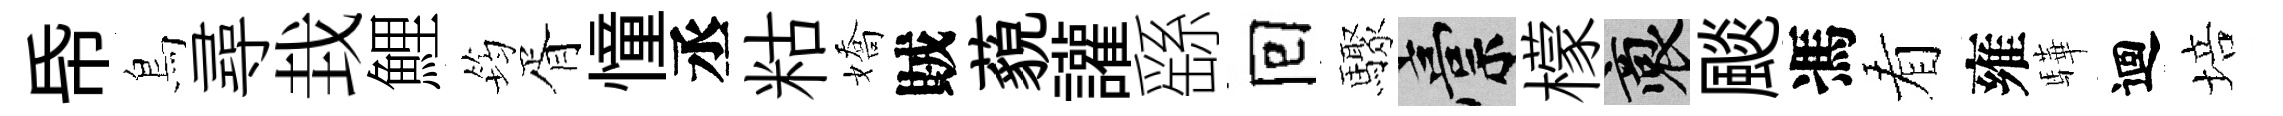
帋鳥尋㘽鯉筠胥憧丞䊀嬌賊藐讙繇囘驟稿檬裔颷馮看雍驊迴培